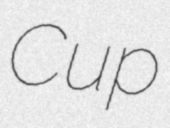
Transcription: Cup